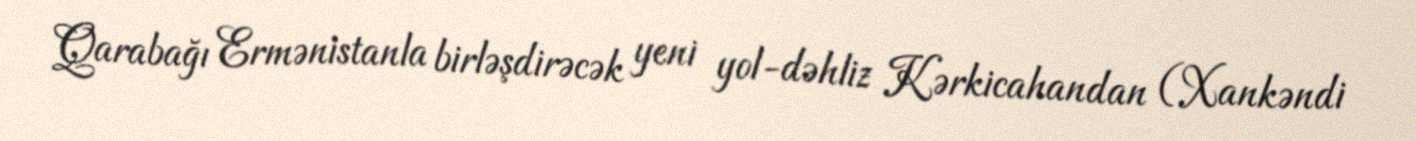
Qarabağı Ermənistanla birləşdirəcək yeni yol-dəhliz Kərkicahandan (Xankəndi